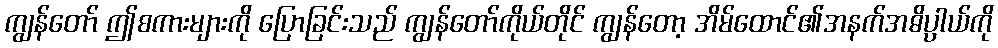
ကျွန်တော် ဤစကားများကို ပြောခြင်းသည် ကျွန်တော်ကိုယ်တိုင် ကျွန်တော့ အိမ်ထောင်၏အနက်အဓိပ္ပာယ်ကို